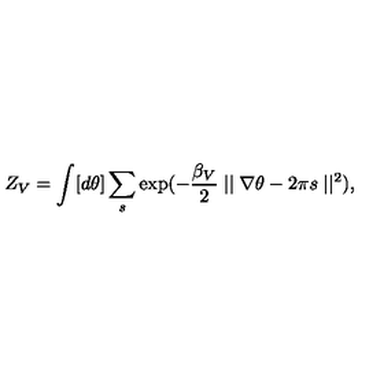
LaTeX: Z _ { V } = \int [ d \theta ] \sum _ { s } \exp ( - \frac { { \beta } _ { V } } { 2 } \mid \mid \nabla \theta - 2 \pi s \mid \mid ^ { 2 } ) ,